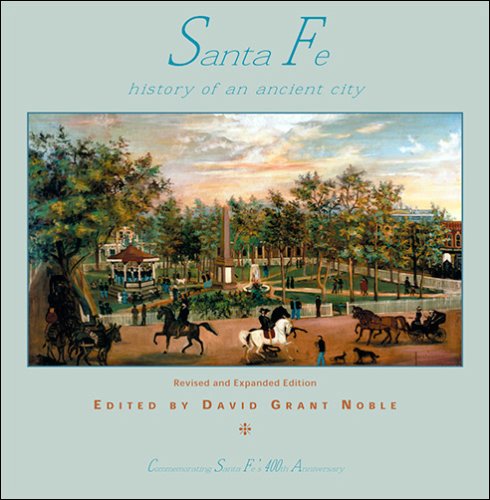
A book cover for Santa Fe: History of an Ancient City, Revised and Expanded Edition; David Grant Noble; Travel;